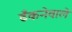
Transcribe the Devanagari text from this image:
ढँकनेवाले